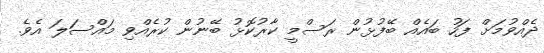
ދެއްވުމަށް ފަހު ބައެއް ބޭފުޅުން ރަސްމީ ކާރުކޮޅު ބޭނުން ކުރެއްވި މައްސަލަ އެވެ.